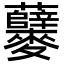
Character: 𪎃